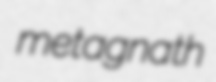
metagnath